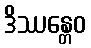
ဒိဿန္တေဝ